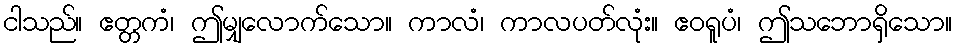
ငါသည်။ ဧတ္တကံ၊ ဤမျှလောက်သော။ ကာလံ၊ ကာလပတ်လုံး။ ဧဝရူပံ၊ ဤသဘောရှိသော။